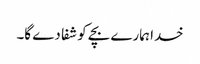
خدا ہمارے بچے کو شفا دے گا۔